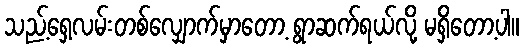
သည့်ရှေ့လမ်းတစ်လျှောက်မှာတော့ ရွာဆက်ရယ်လို့ မရှိတော့ပါ။